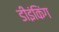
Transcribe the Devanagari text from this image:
डीइंकिंग